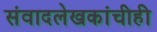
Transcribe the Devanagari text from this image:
संवादलेखकांचीही